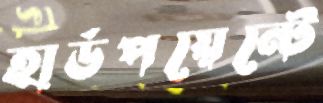
হার্ডপয়েন্টে